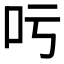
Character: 𠮱